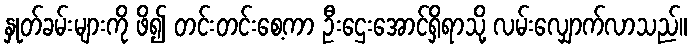
နှုတ်ခမ်းများကို ဖိ၍ တင်းတင်းစေ့ကာ ဦးဌေးအောင်ရှိရာသို့ လမ်းလျှောက်လာသည်။